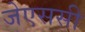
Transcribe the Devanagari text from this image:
जेएससी